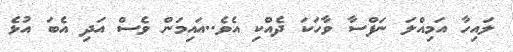
ލައިހާ އަމިއްލަ ނަފްސާ ވާހަކަ ދެއްކި އެވެ..އައިމަން ވެސް އަދި އެބަ އުޅެ